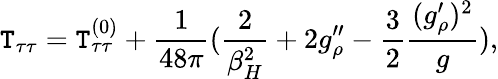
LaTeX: \mathtt{T}_{\tau\tau}=\mathtt{T}_{\tau\tau}^{(0)}+{\frac{{1}}{{48\pi}}}({\frac{{2}}{{\beta_{H}^{2}}}}+2g_{\rho}^{\prime\prime}-{\frac{{3}}{{2}}}{\frac{{(g_{\rho}^{\prime})^{2}}}{{g}}}),